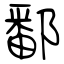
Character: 鄱